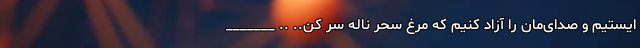
ایستیم و صدای‌مان را آزاد کنیم که مرغ سحر ناله سر کن.. .. _______